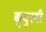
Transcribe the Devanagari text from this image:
क्युरमी